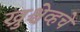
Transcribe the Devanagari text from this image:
ख्रुश्चेव्हचे